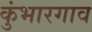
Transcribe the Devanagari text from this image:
कुंभारगाव